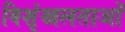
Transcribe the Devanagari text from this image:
विशृंखलताओं